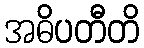
အဓိပတီတိ